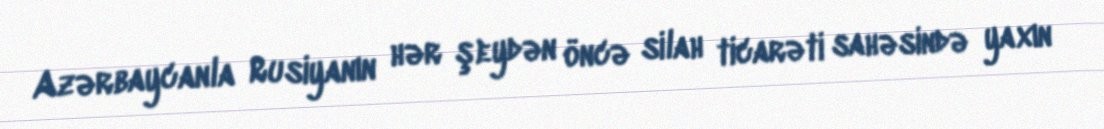
Azərbaycanla Rusiyanın hər şeydən öncə silah ticarəti sahəsində yaxın